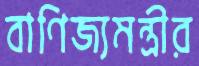
বাণিজ্যমন্ত্রীর